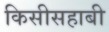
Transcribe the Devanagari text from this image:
किसीसहाबी